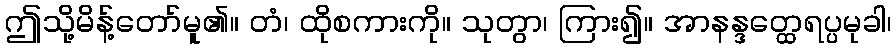
ဤသို့မိန့်တော်မူ၏။ တံ၊ ထိုစကားကို။ သုတွာ၊ ကြား၍။ အာနန္ဒတ္ထေရပ္ပမုခါ၊